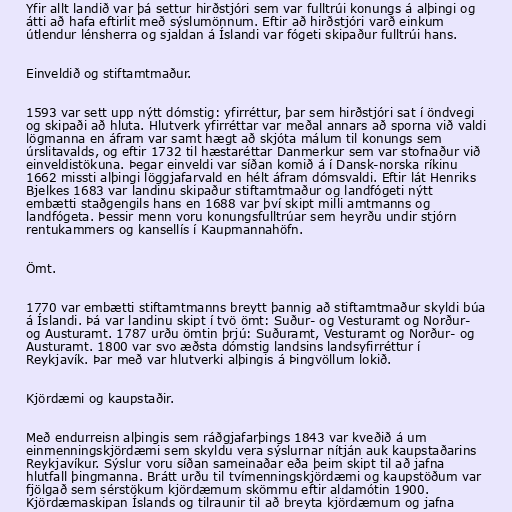
Yfir allt landið var þá settur hirðstjóri sem var fulltrúi konungs á alþingi og
átti að hafa eftirlit með sýslumönnum. Eftir að hirðstjóri varð einkum
útlendur lénsherra og sjaldan á Íslandi var fógeti skipaður fulltrúi hans.

Einveldið og stiftamtmaður.

1593 var sett upp nýtt dómstig: yfirréttur, þar sem hirðstjóri sat í öndvegi
og skipaði að hluta. Hlutverk yfirréttar var meðal annars að sporna við valdi
lögmanna en áfram var samt hægt að skjóta málum til konungs sem
úrslitavalds, og eftir 1732 til hæstaréttar Danmerkur sem var stofnaður við
einveldistökuna. Þegar einveldi var síðan komið á í Dansk-norska ríkinu
1662 missti alþingi löggjafarvald en hélt áfram dómsvaldi. Eftir lát Henriks
Bjelkes 1683 var landinu skipaður stiftamtmaður og landfógeti nýtt
embætti staðgengils hans en 1688 var því skipt milli amtmanns og
landfógeta. Þessir menn voru konungsfulltrúar sem heyrðu undir stjórn
rentukammers og kansellís í Kaupmannahöfn.

Ömt.

1770 var embætti stiftamtmanns breytt þannig að stiftamtmaður skyldi búa
á Íslandi. Þá var landinu skipt í tvö ömt: Suður- og Vesturamt og Norður-
og Austuramt. 1787 urðu ömtin þrjú: Suðuramt, Vesturamt og Norður- og
Austuramt. 1800 var svo æðsta dómstig landsins landsyfirréttur í
Reykjavík. Þar með var hlutverki alþingis á Þingvöllum lokið.

Kjördæmi og kaupstaðir.

Með endurreisn alþingis sem ráðgjafarþings 1843 var kveðið á um
einmenningskjördæmi sem skyldu vera sýslurnar nítján auk kaupstaðarins
Reykjavíkur. Sýslur voru síðan sameinaðar eða þeim skipt til að jafna
hlutfall þingmanna. Brátt urðu til tvímenningskjördæmi og kaupstöðum var
fjölgað sem sérstökum kjördæmum skömmu eftir aldamótin 1900.
Kjördæmaskipan Íslands og tilraunir til að breyta kjördæmum og jafna